Problem: 7 × 7 = ?
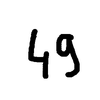
Handwritten answer: 49